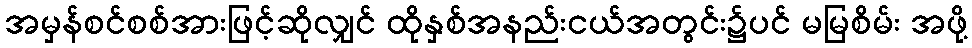
အမှန်စင်စစ်အားဖြင့်ဆိုလျှင် ထိုနှစ်အနည်းငယ်အတွင်း၌ပင် မမြစိမ်း အဖို့